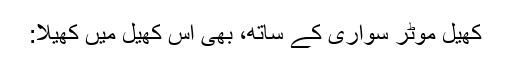
کھیل موٹر سواری کے ساتھ، بھی اس کھیل میں کھیلا: